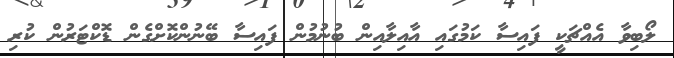
ލޯބިވާ އެއްޗަކީ ފައިސާ ކަމުގައި އާއިލާއިން ބުނުމުން ފައިސާ ބޭނުންކޮށްގެން ޑޮކްޓަރުން ކުރި